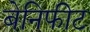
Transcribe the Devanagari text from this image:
बेनिफीट